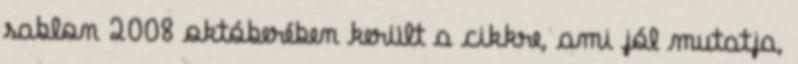
sablon 2008 októberében került a cikkre, ami jól mutatja,